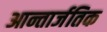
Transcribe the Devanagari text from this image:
आन्तार्जतिक